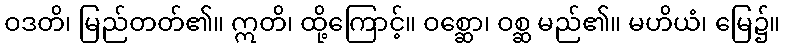
ဝဒတိ၊ မြည်တတ်၏။ ဣတိ၊ ထို့ကြောင့်။ ဝစ္ဆော၊ ဝစ္ဆ မည်၏။ မဟိယံ၊ မြေ၌။